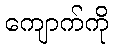
ကျောက်ကို